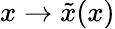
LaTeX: x\rightarrow{\tilde{x}}(x)